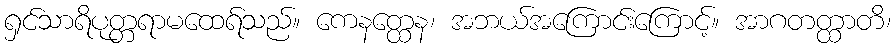
ရှင်သာရိပုတ္တရာမထေရ်သည်။ ကေနတ္ထေန၊ အဘယ်အကြောင်းကြောင့်။ အာဂတတ္ထာတိ၊